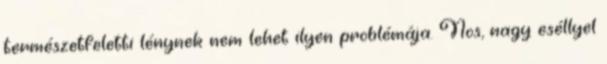
természetfeletti lénynek nem lehet ilyen problémája. Nos, nagy eséllyel